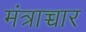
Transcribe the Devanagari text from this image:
मंत्राच्चार